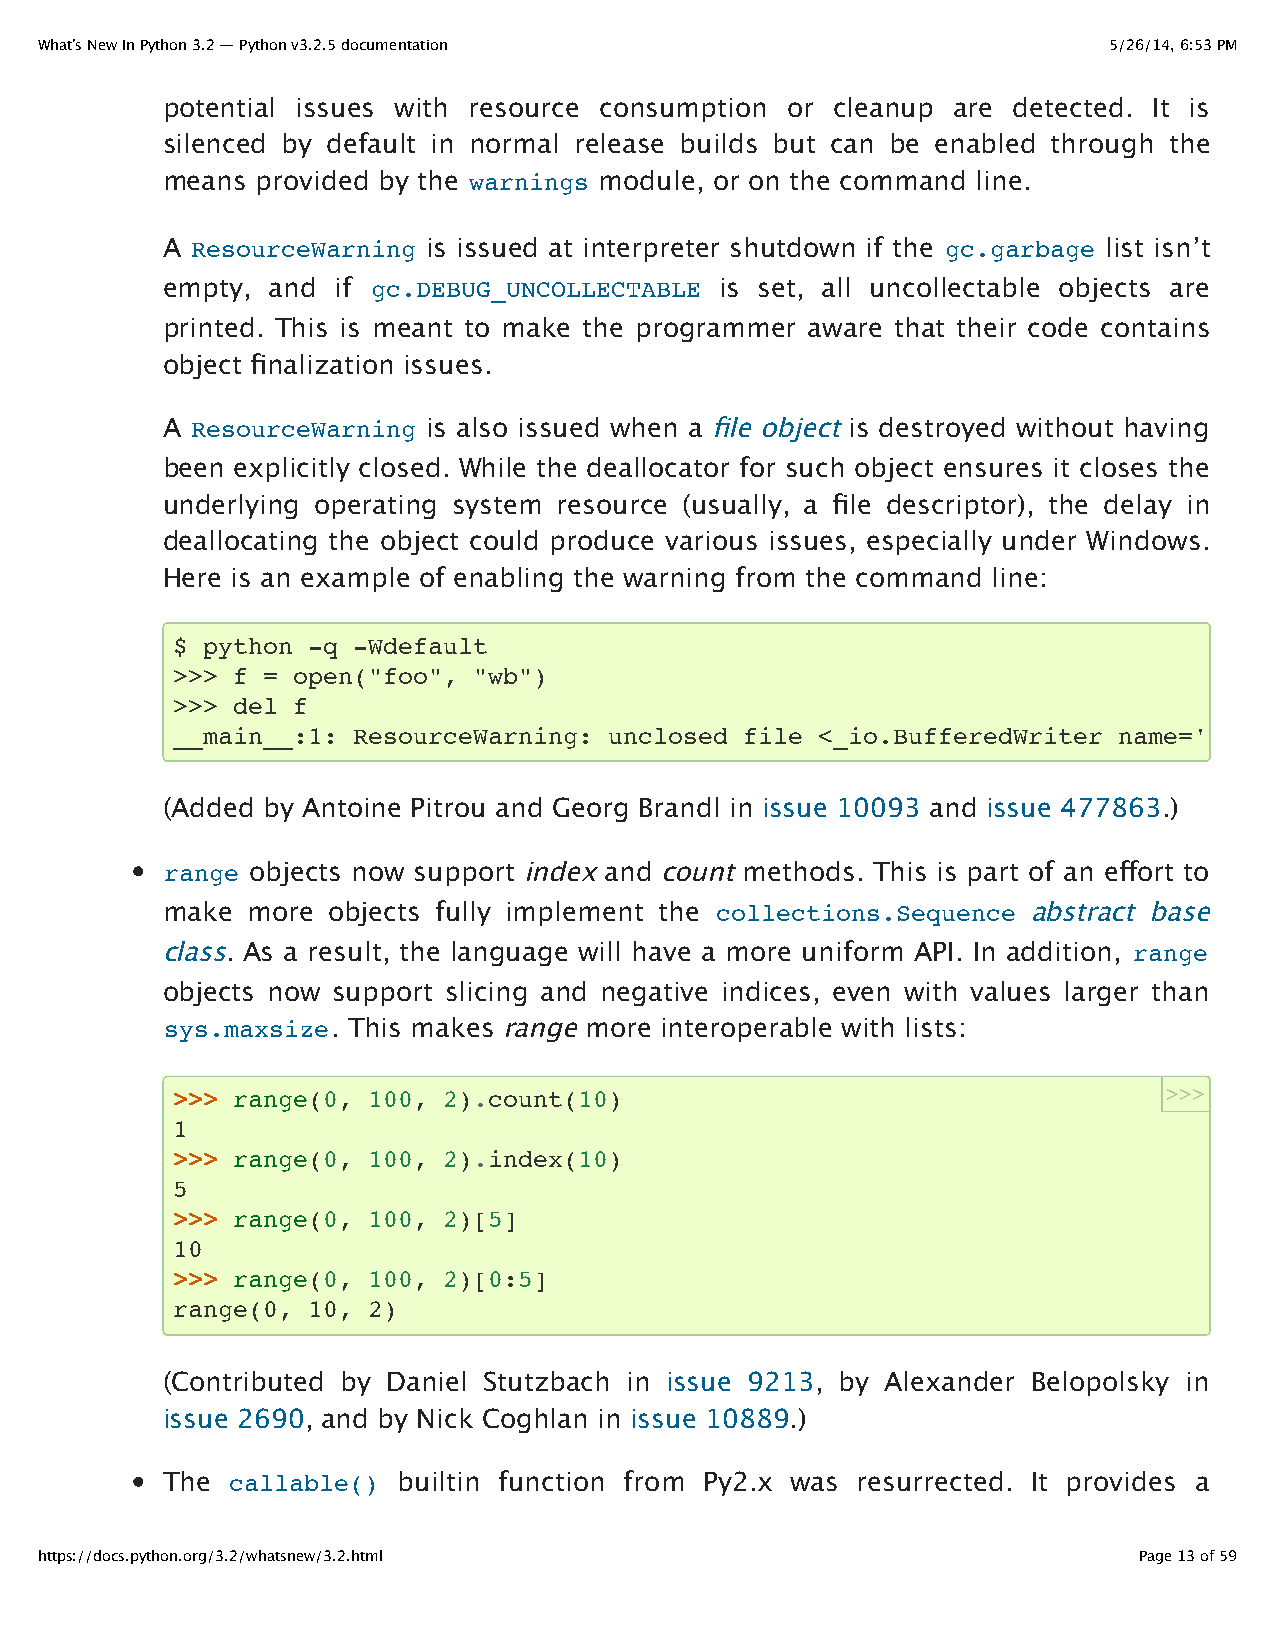
What’s New In Python 3.2 — Python v3.2.5 documentation                 5/26/14, 6:53 PM
 potential issues with resource consumption or cleanup are detected. It is
 silenced by default in normal release builds but can be enabled through the
 means provided by the warnings module, or on the command line.
 A ResourceWarning is issued at interpreter shutdown if the gc.garbage list isn’t
 empty, and if gc.DEBUG_UNCOLLECTABLE is set, all uncollectable objects are
 printed. This is meant to make the programmer aware that their code contains
 object finalization issues.
 A ResourceWarning is also issued when a file object is destroyed without having
 been explicitly closed. While the deallocator for such object ensures it closes the
 underlying operating system resource (usually, a file descriptor), the delay in
 deallocating the object could produce various issues, especially under Windows.
 Here is an example of enabling the warning from the command line:
 $ python -q -Wdefault
 >>> f = open("foo", "wb")
 >>> del f
 __main__:1: ResourceWarning: unclosed file <_io.BufferedWriter name='foo'>
 (Added by Antoine Pitrou and Georg Brandl in issue 10093 and issue 477863.)
 range objects now support index and count methods. This is part of an effort to
 make more  objects fully implement the collections.Sequence abstract base
 class. As a result, the language will have a more uniform API. In addition, range
 objects now support slicing and negative indices, even with values larger than
 sys.maxsize. This makes range more interoperable with lists:
 >>> range(0, 100, 2).count(10)                                    >>>
 1
 >>> range(0, 100, 2).index(10)
 5
 >>> range(0, 100, 2)[5]
 10
 >>> range(0, 100, 2)[0:5]
 range(0, 10, 2)
 (Contributed by Daniel Stutzbach in issue 9213, by Alexander Belopolsky in
 issue 2690, and by Nick Coghlan in issue 10889.)
 The callable() builtin function from Py2.x was resurrected. It provides a
 https://docs.python.org/3.2/whatsnew/3.2.html                            Page 13 of 59